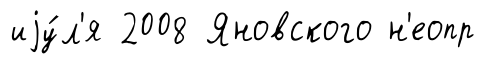
иjу́л'я 2008 Яновского н'еопр